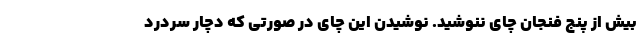
بیش از پنج فنجان چای ننوشید. نوشیدن این چای در صورتی‌ که دچار سردرد